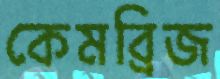
কেমব্রিজ